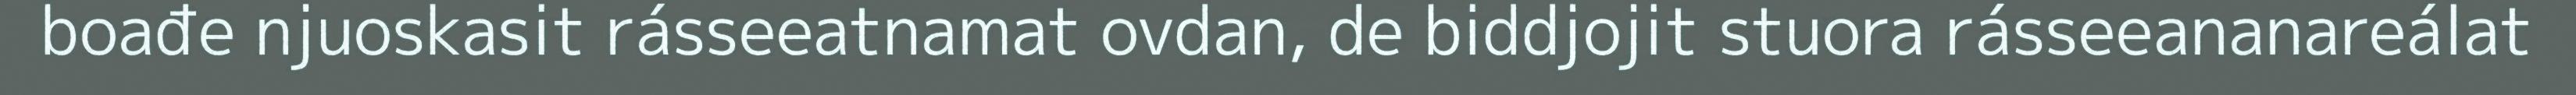
boađe njuoskasit rásseeatnamat ovdan, de biddjojit stuora rásseeananareálat